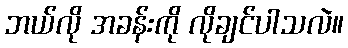
ဘယ်လို အခန်းကို လိုချင်ပါသလဲ။